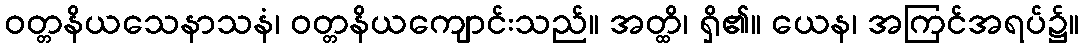
ဝတ္တနိယသေနာသနံ၊ ဝတ္တနိယကျောင်းသည်။ အတ္ထိ၊ ရှိ၏။ ယေန၊ အကြင်အရပ်၌။